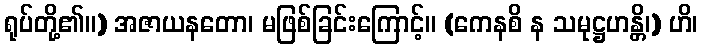
ရုပ်တို့၏။) အဇာယနတော၊ မဖြစ်ခြင်းကြောင့်။ (ကေနစိ န သမုဋ္ဌဟန္တိ၊) ဟိ၊